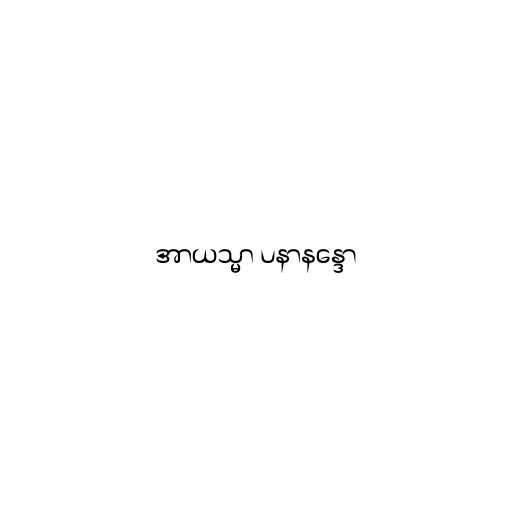
အာယသ္မာ ပနာနန္ဒော